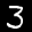
Label: 3